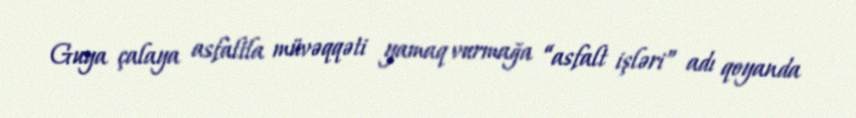
Guya çalaya asfaltla müvəqqəti yamaq vurmağa “asfalt işləri” adı qoyanda